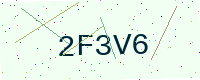
Text: 2F3V6